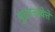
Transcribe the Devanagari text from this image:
पुरातत्त्ववेत्ते